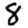
Digit: 8